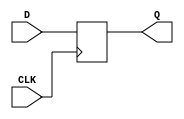
// D-Flip Flop

`ifndef __DFF__V__
`define __DFF__V__

module DFF (input CLK, D, output reg Q);

    always @ (posedge CLK) begin
        Q <= D;
    end

endmodule



// Driver 
/*
module top (
	input CLK,
	input [3:0] SW,
	output io_PMOD_1
	);


DFF d1(CLK, SW[1], io_PMOD_1);

endmodule
*/

`endif